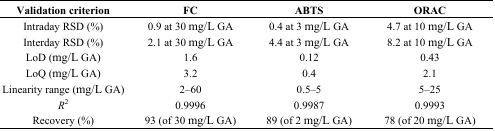
| Validation criterion | FC | ABTS | ORAC |
 | --- | --- | --- | --- |
 | Intraday RSD (%) | 0.9 at 30 mg/L GA | 0.4 at 3 mg/L GA | 4.7 at 10 mg/L GA |
 | Interday RSD (%) | 2.1 at 30 mg/L GA | 4.4 at 3 mg/L GA | 8.2 at 10 mg/L GA |
 | LoD (mg/L GA) | 1.6 | 0.12 | 0.43 |
 | LoQ (mg/L GA) | 3.2 | 0.4 | 2.1 |
 | Linearity range (mg/L GA) | 2–60 | 0.5–5 | 5–25 |
 | R2 | 0.9996 | 0.9987 | 0.9993 |
 | Recovery (%) | 93 (of 30 mg/L GA) | 89 (of 2 mg/L GA) | 78 (of 20 mg/L GA) |